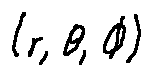
( r , \theta , \phi )